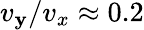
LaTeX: v_{\mathbf{y}}/v_{x}\approx0.2